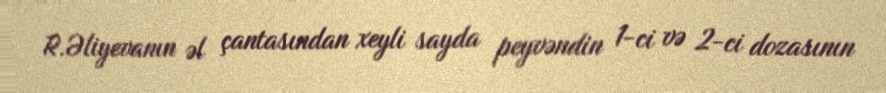
R.Əliyevanın əl çantasından xeyli sayda peyvəndin 1-ci və 2-ci dozasının